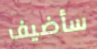
سأضيف